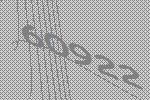
60922